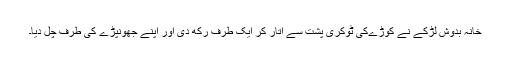
خانہ بدوش لڑکے نے کُوڑےکی ٹوکری پشت سے اتار کر ایک طرف رکھ دی اور اپنے جھونپڑے کی طرف چل دیا۔